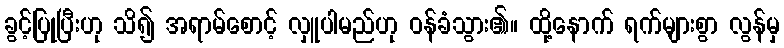
ခွင့်ပြုပြီးဟု သိ၍ အရာမ်စောင့် လှူပါမည်ဟု ဝန်ခံသွား၏။ ထို့နောက် ရက်များစွာ လွန်မှ